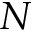
N